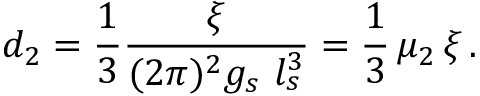
d _ { 2 } = { \frac { 1 } { 3 } } { \frac { \xi } { ( 2 \pi ) ^ { 2 } g _ { s } \, \, l _ { s } ^ { 3 } } } = { \frac { 1 } { 3 } } \, \mu _ { 2 } \, \xi \, .